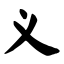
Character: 义